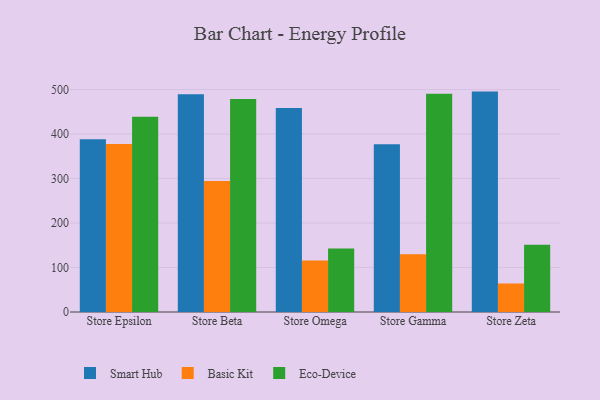
{"axis": {"x": "Store", "y": "Demand Index"}, "legend": ["Basic Kit", "Eco-Device", "Smart Hub"], "data": [{"x": "Store Epsilon", "y": 388.4, "type": "Smart Hub"}, {"x": "Store Epsilon", "y": 377.7, "type": "Basic Kit"}, {"x": "Store Epsilon", "y": 439.0, "type": "Eco-Device"}, {"x": "Store Beta", "y": 489.5, "type": "Smart Hub"}, {"x": "Store Beta", "y": 294.4, "type": "Basic Kit"}, {"x": "Store Beta", "y": 478.5, "type": "Eco-Device"}, {"x": "Store Omega", "y": 458.6, "type": "Smart Hub"}, {"x": "Store Omega", "y": 115.8, "type": "Basic Kit"}, {"x": "Store Omega", "y": 142.5, "type": "Eco-Device"}, {"x": "Store Gamma", "y": 377.2, "type": "Smart Hub"}, {"x": "Store Gamma", "y": 130.0, "type": "Basic Kit"}, {"x": "Store Gamma", "y": 490.6, "type": "Eco-Device"}, {"x": "Store Zeta", "y": 495.4, "type": "Smart Hub"}, {"x": "Store Zeta", "y": 64.1, "type": "Basic Kit"}, {"x": "Store Zeta", "y": 151.1, "type": "Eco-Device"}]}